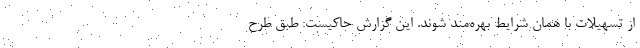
از تسهیلات با همان شرایط بهره‌مند شوند. این گزارش حاکیست: طبق طرح